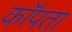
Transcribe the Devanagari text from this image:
कॉपता